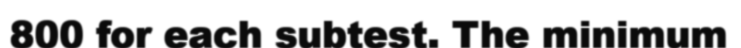
800 for each subtest. The minimum